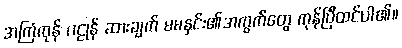
အကြံကုန် ဂဠုန် ဆားချက် မမနှင်း၏အကွက်တွေ ကုန်ပြီထင်ပါ၏။